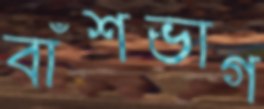
বাঁশভাগ